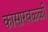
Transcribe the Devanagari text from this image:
कासारवळ्ळी